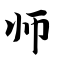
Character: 师